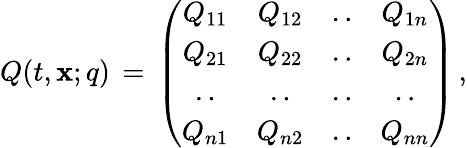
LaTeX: Q(t,\mathbf{x};q)\, =\, \left(\begin{array}{cccc}{{Q_{11}}}&{{Q_{12}}}&{{..}}&{{Q_{1n}}}\\ {{Q_{21}}}&{{Q_{22}}}&{{..}}&{{Q_{2n}}}\\ {{..}}&{{..}}&{{..}}&{{..}}\\ {{Q_{n1}}}&{{Q_{n2}}}&{{..}}&{{Q_{nn}}}\end{array}\right)\, ,